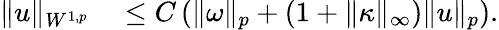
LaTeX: \begin{array}{rl}{\| u\| _{W^{1,p}}}&{{}\leq C\left(\| \omega\| _{p}+(1+\| \kappa\| _{\infty})\| u\| _{p}\right).}\end{array}